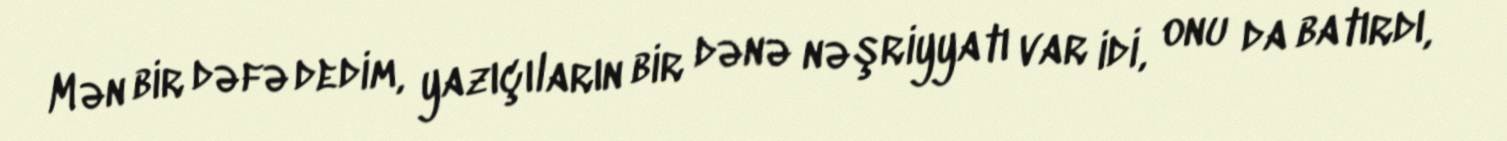
Mən bir dəfə dedim, yazıçıların bir dənə nəşriyyatı var idi, onu da batırdı,